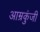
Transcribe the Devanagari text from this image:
आम्रकुंजी